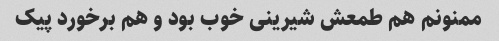
ممنونم هم طمعش شیرینی خوب بود و هم برخورد پیک